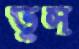
ভুস